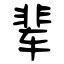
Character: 辈